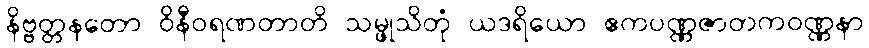
နိဗ္ဗတ္တနတော ဝိနီဝရဏတာတိ သမ္ဖုသိတုံ ယဒရိယော ဧကပဏ္ဏဇာတကဝဏ္ဏနာ